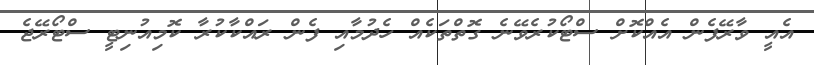
އެއީ ވާރޭފެން އެއްކޮށް ސްޓޯކުރެވޭނެ ގޮތްތަކެއް ހެދުމާއި ފެން ރައްކާކުރާ ކޮމިއުނިޓީ ސްޓޯރޭޖެ